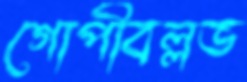
গোপীবল্লভ